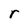
Character: r